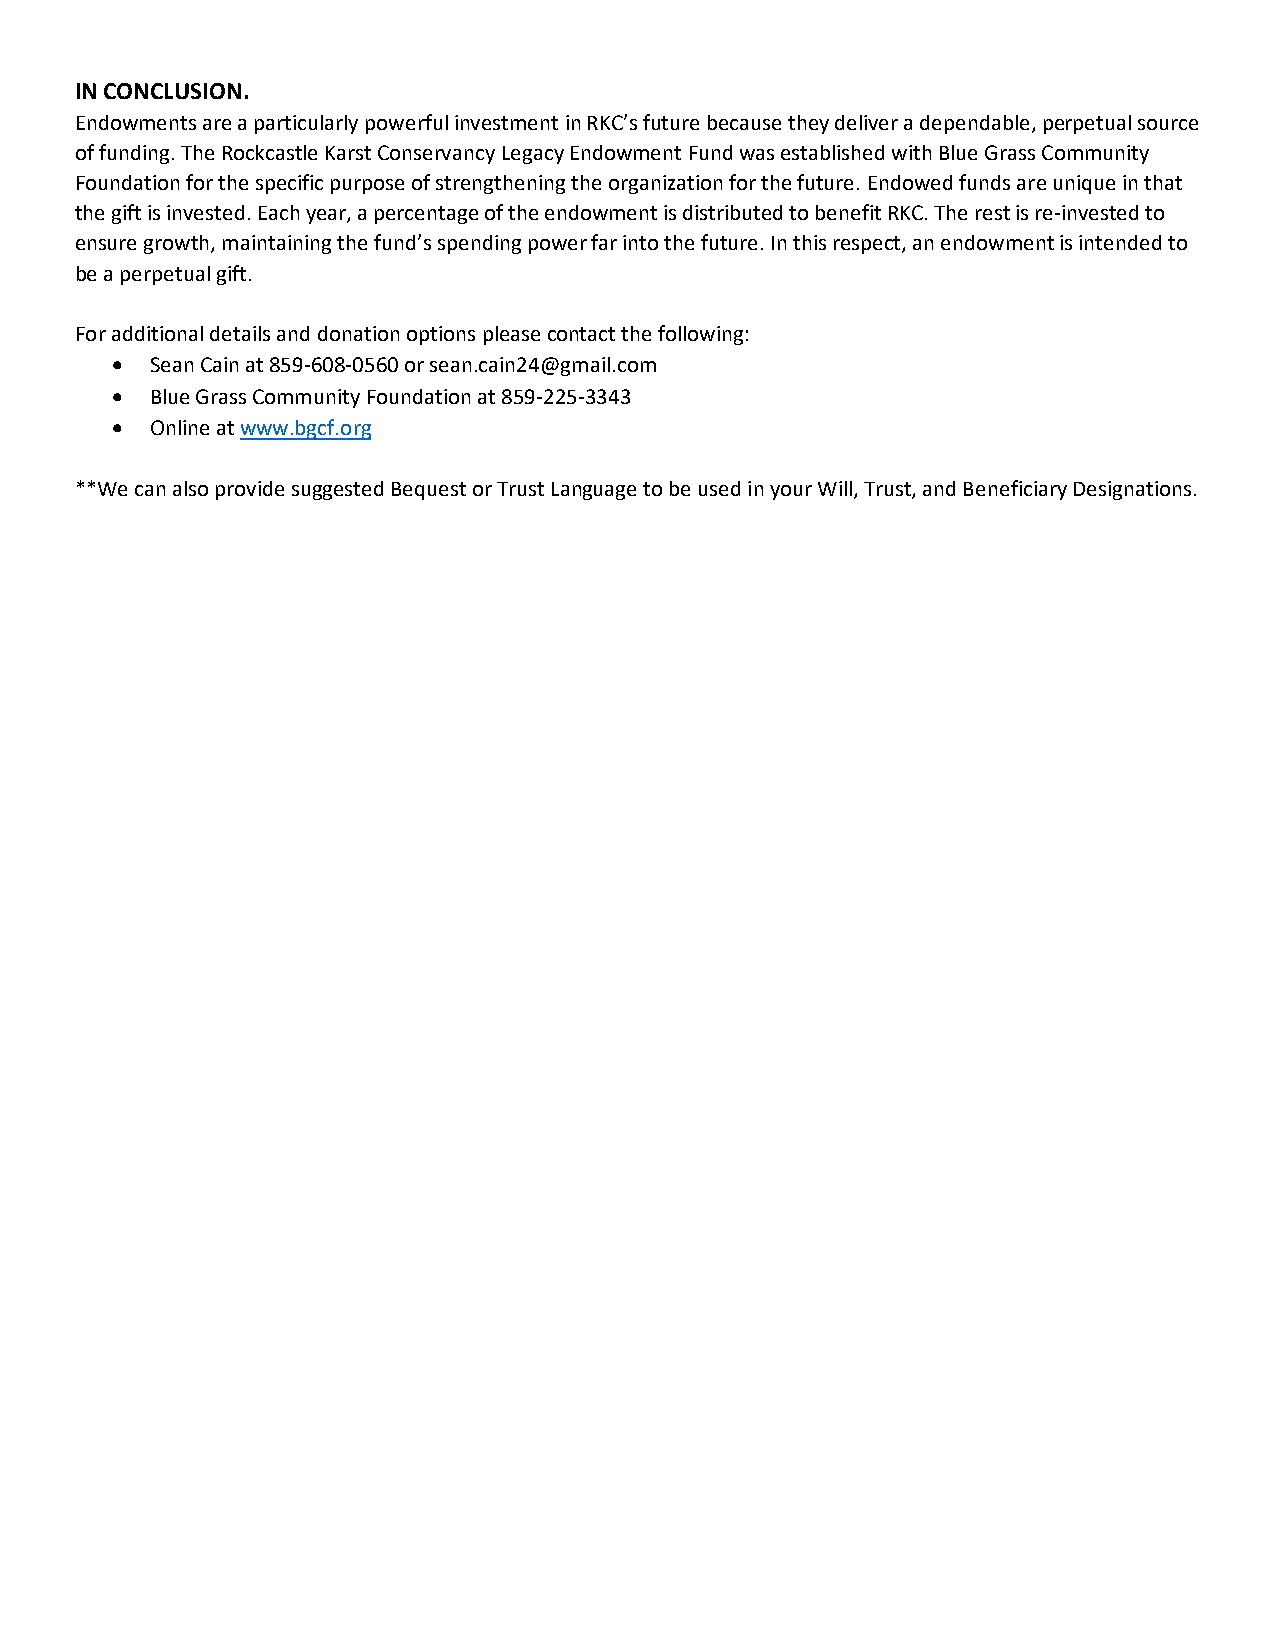
IN CONCLUSION.
 Endowments are a particularly powerful investment in RKC’s future because they deliver a dependable, perpetual source
 of funding. The Rockcastle Karst Conservancy Legacy Endowment Fund was established with Blue Grass Community
 Foundation for the specific purpose of strengthening the organization for the future. Endowed funds are unique in that
 the gift is invested. Each year, a percentage of the endowment is distributed to benefit RKC. The rest is re-invested to
 ensure growth, maintaining the fund’s spending power far into the future. In this respect, an endowment is intended to
 be a perpetual gift.
 For additional details and donation options please contact the following:
   Sean Cain at 859-608-0560 or sean.cain24@gmail.com
   Blue Grass Community Foundation at 859-225-3343
   Online at www.bgcf.org
 **We can also provide suggested Bequest or Trust Language to be used in your Will, Trust, and Beneficiary Designations.